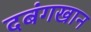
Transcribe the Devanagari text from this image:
दबंगखान